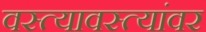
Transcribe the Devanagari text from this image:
वस्त्यावस्त्यांवर